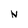
Character: N